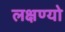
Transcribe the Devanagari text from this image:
लक्षण्यो